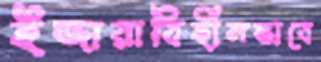
ইজারাবিহীনভাবে